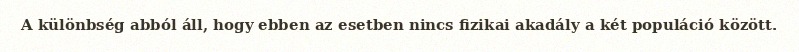
A különbség abból áll, hogy ebben az esetben nincs fizikai akadály a két populáció között.